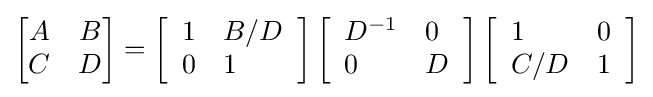
{\begin{bmatrix}A&B\\C&D\end{bmatrix}}=\left[{\begin{array}{ll}1&B/D\\0&1\end{array}}\right]\left[{\begin{array}{ll}D^{-1}&0\\0&D\end{array}}\right]\left[{\begin{array}{ll}1&0\\C/D&1\end{array}}\right]